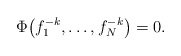
\begin{gather*}\Phi\big(f_1^{-k},\ldots,f_{N}^{-k}\big) =0.\end{gather*}